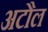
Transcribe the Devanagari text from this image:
अटौल